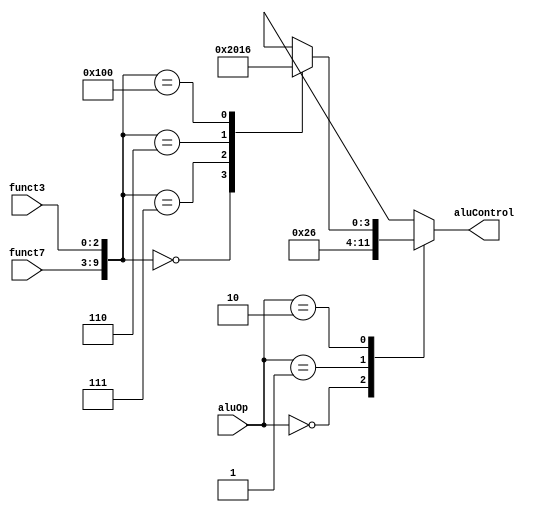
module alu_control(aluOp, funct7, funct3, aluControl);
    input [1:0] aluOp;
    input [6:0] funct7;
    input [2:0] funct3;
    output reg [3:0] aluControl;

    always @(aluOp | funct7 | funct3)
        case(aluOp)
            2'b00: aluControl <= 4'b0010; //add (for ld & sd instruction)
            2'b01: aluControl <= 4'b0110; //sub (for beq instruction)

            // R-type instructions
            2'b10: casex({funct7, funct3})
                    10'b0000000000: aluControl <= 4'b0010; //add
                    10'b0000000111: aluControl <= 4'b0000; //and
                    10'b0000000110: aluControl <= 4'b0001; //or
                    10'b0100000000: aluControl <= 4'b0110; //sub
                    default: aluControl <= 4'bxxxx;
                endcase

            default: aluControl <= 4'bxxxx;
        endcase
endmodule